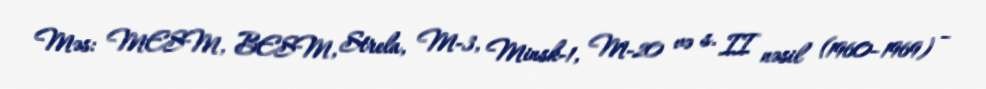
Məs: MESM, BESM, Strela, M-3, Minsk-1, M-20 və s. II nəsil (1960–1969) –